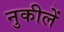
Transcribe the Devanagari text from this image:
नुकीलें